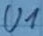
Text: U1